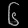
Digit: ၆